Calcutta medical institutions reports 1879-81 [i.e.91]
Year: 1879
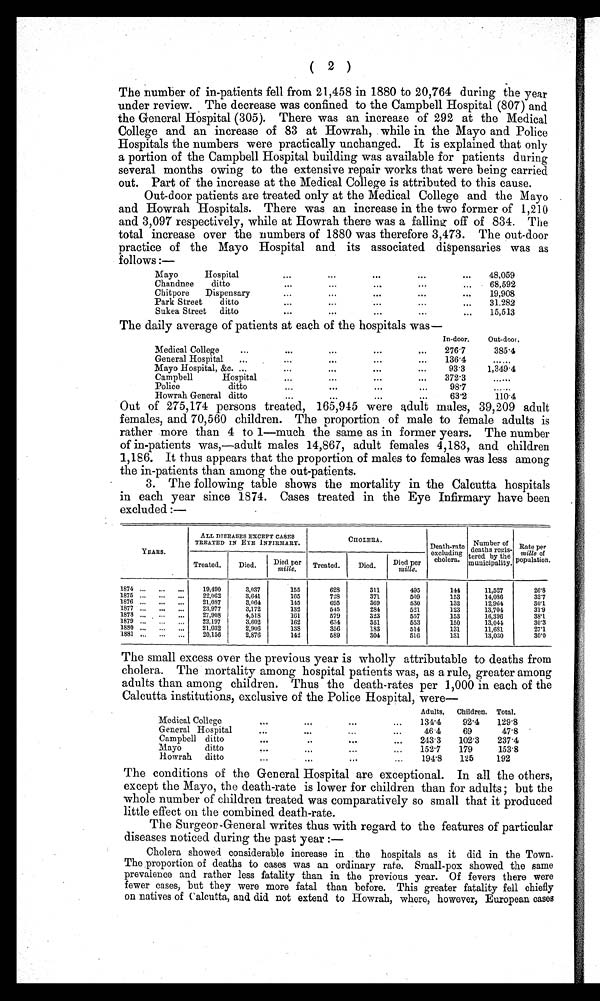
(2 )
The number of in-patients fell from 21,458 in 1880 to 20,764 during the year
under review. The decrease was confined to the Campbell Hospital (807) and
the General Hospital (305). There was an increase of 292 at the Medical
College and an increase of 83 at Howrah, while in the Mayo and Police
Hospitals the numbers were practically unchanged. It is explained that only
a portion of the Campbell Hospital building was available for patients during
several months owing to the extensive repair works that were being carried
out. Part of the increase at the Medical College is attributed to this cause.
Out-door patients are treated only at the Medical College and the Mayo
and Howrah Hospitals. There was an increase in the two former of 1,210
and 3,097 respectively, while at Howrah there was a falling off of 834. The
total increase over the numbers of 1880 was therefore 3,473. The out-door
practice of the Mayo Hospital and its associated dispensaries was as
follows : —
Mayo
Hospital
Chandnee
ditto
Chitpore
Dispensary
Park Street
ditto
Sukea Street ditto
48,059
68,592
19,908
31.282
15,513
The daily average of patients at each of the hospitals was
—
In-door.
Out-door,
Medical College
2 7 6 . 7
385.4
General Hospital
...
Mayo Hospital, &c. ...
136.4
93.3
. . .
1,349.4
Campbell
Hospital
3 7 2 . 3
. . .
Police
ditto
98.7
. . .
Howrah General ditto
63.2
1 1 0 . 4
Out of 275,174 persons treated, 165,945 were adult males, 39,209 adult
females, and 70,560 children. The proportion of male to female adults is
rather more than 4 to 1—much the same as in former years. The number
of in-patients was,—adult males 14,867, adult females 4,183, and children
1,186. It thus appears that the proportion of males to females was less among
the in-patients than among the out-patients.
3. The following table shows the mortality in the Calcutta hospitals
in each year since 1874. Cases treated in the Eye Infirmary have been
excluded :—
YEARS .
ALL DISEASES EXCEPT CASES
TREATED IN EYE INFIRMARY.
CHOLERA.
Death-rate
excluding
cholera,
Number of
deaths re is-
tered by the
municipality,
Rate per
mille of
population .
Treated.
Died.
D ied per per
mille.
Treated.
Died.
Died per
mille.
1874 ... ...
...
19,490
3,037
155
628
311
495
144
11,526
26.8
1875 ...
...
...
22,062
3,641
165
6 2 8
371
509
153
14,036
3 2 . 7
1876 ...
. . . . . .
21,087
3,064
145
695
869
530
132
12,964
30'1
1877 ...
...
...
23,967
3,172
132
545
284
521
123
13,704
31'9
1873 ...
...
...
27,908
4,518
161
569
323
556
153
16,396
38'1
.
1869 ...
...
..,
22,197
3.602
162
634
351
553
150
13,044
30'3
1880 ...
...
,.,
21,032
2,906
138
356
183
514
131
11,681
27'1
1881 ... ... ...
20,156
2,866
142
689
304
516
131
13,030
30.0
The small excess over the previous year is wholly attributable to deaths from
cholera. The mortality among hospital patients was, as a rule, greater among
adults than among children. Thus the death-rates per 1,000 in each of the
Calcutta institutions, exclusive of the Police Hospital, were-
Medical College
General Hospital
Campbell ditto
Mayo
ditto
Howrah ditto
Adults,
131.4
4 , 6 . 4
243. 3
1521
...
194'S
Children.
92.4
69
1021
179
125
Total.
129.8
47.8
237.4
153.8
192
The conditions of the General Hospital are exceptional. In all the others,
except the Mayo, the death-rate is lower for children than for adults; but the
whole number of children treated was comparatively so small that it produced
little effect on the combined death-rate.
The Surgeon-General writes thus with regard to the features of particular
diseases noticed during the past year
: -
Cholera showed considerable increase in the hospitals as it did in the Town.
The proportion of deaths to cases was an ordinary rate. Small-pox showed the same
prevalence and rather less fatality than in the previous year. Of fevers there were
fewer cases, but they were more fatal than before. This greater fatality fell chiefly
on natives of Calcutta, and did not extend to Howrah, where, however, European cases
tr